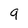
Character: 9